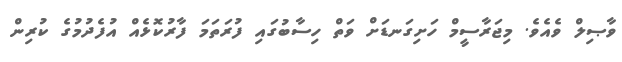
ވާޞިލް ވެއެވެ. މިޖަރާސީމް ހަށިގަނޑަށް ވަތް ހިސާބުގައި ފުރަތަމަ ފާރުކޮޅެއް އުފެދުމުގެ ކުރިން